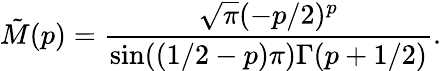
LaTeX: \tilde{M}(p)=\frac{\sqrt\pi(-p/2)^{p}}{\sin((1/2-p)\pi)\Gamma(p+1/2)}.